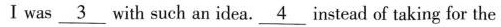
I was \underline{3} with such an idea. \underline{4} instead of taking for the